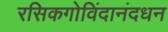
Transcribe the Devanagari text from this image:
रसिकगोविंदानंदधन